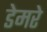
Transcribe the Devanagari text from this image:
डेमरे